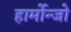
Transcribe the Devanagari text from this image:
हार्मोन्जो